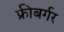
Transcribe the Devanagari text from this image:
फ्रीबर्गर